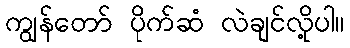
ကျွန်တော် ပိုက်ဆံ လဲချင်လို့ပါ။